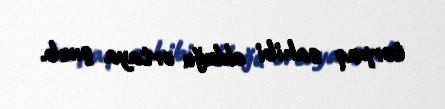
torpaq sahibi olduğu ortaya çıxıb.